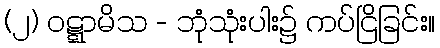
(၂) ဝဋ္ဋာမိသ - ဘုံသုံးပါး၌ ကပ်ငြိခြင်း။